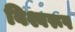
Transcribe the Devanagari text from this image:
बिश्वरूप